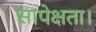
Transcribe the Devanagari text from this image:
सापेक्षता।